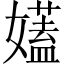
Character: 𡣨